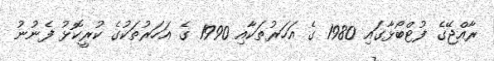
ރާއްޖޭގެ ފުޓްބޯޅާގައި 1980 ގެ އަހަރުތަކާއި 1990 ގެ އަހަރުތަކުގެ ކުރީކޮޅު ފެނުނު